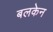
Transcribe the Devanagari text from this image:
बलकेन